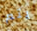
يتم